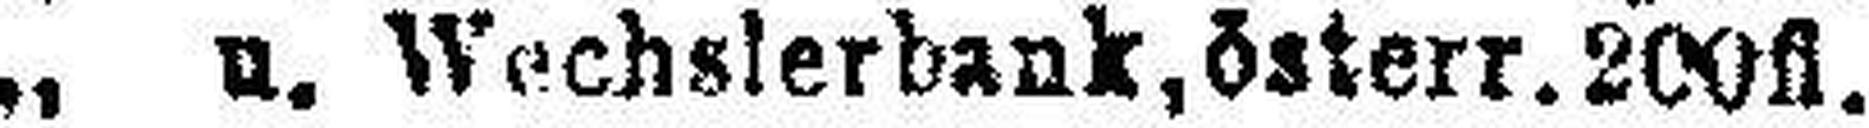
„ u. Wechslerbank, österr. 200fl.